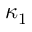
\kappa _ { 1 }